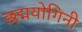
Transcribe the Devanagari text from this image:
छद्मयोगिनी